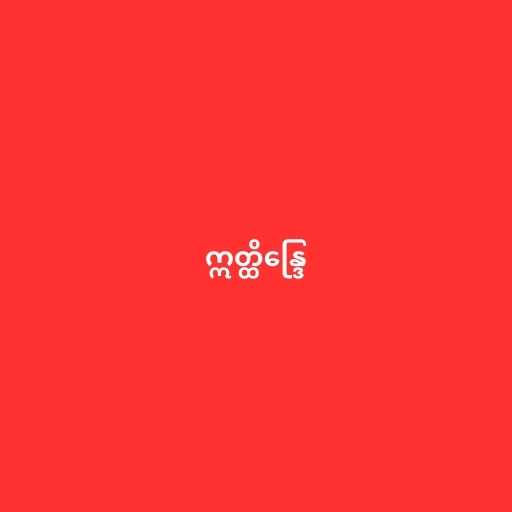
ဣတ္ထိန္ဒြေ